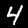
Digit: 4